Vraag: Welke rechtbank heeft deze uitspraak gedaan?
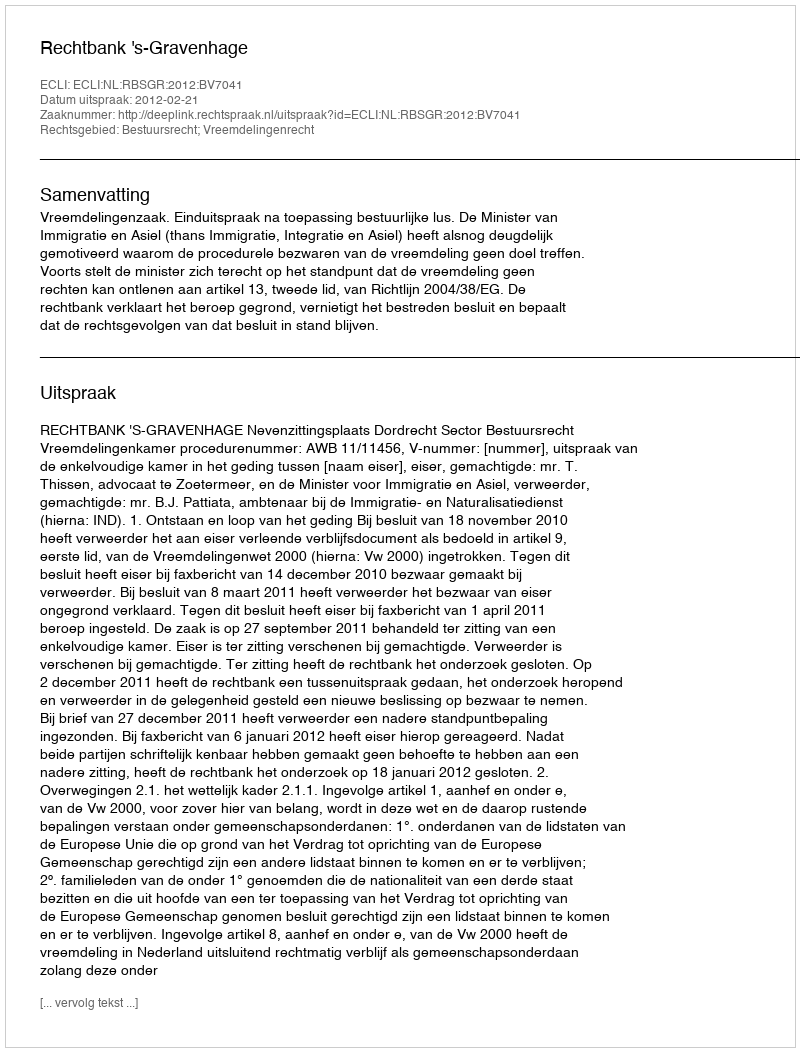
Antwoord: Rechtbank 's-Gravenhage